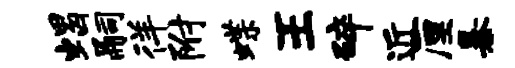
蝎嗣徉附蝶王碎近厘暴